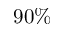
9 0 \%